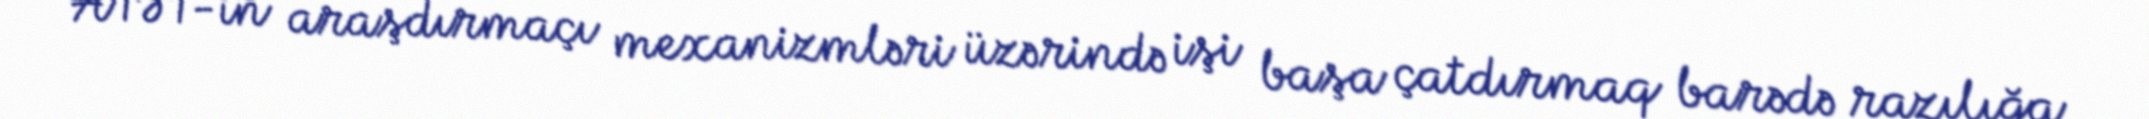
ATƏT-in araşdırmaçı mexanizmləri üzərində işi başa çatdırmaq barədə razılığa